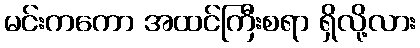
မင်းကကော အထင်ကြီးစရာ ရှိလို့လား